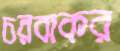
চরবাকর